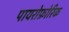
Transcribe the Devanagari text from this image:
पायरोफ़ोरिक